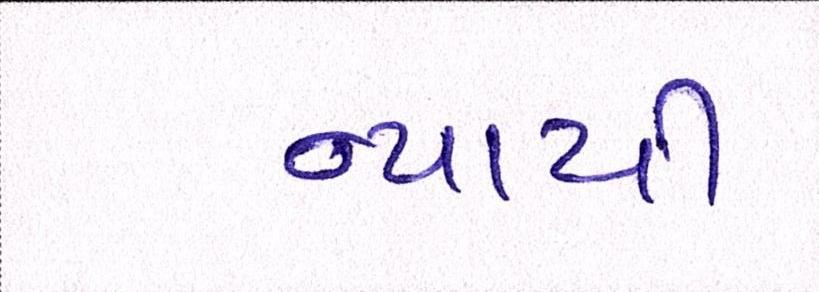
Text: ન્યાયી